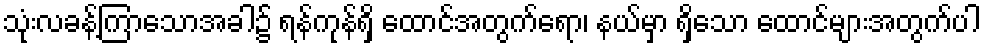
သုံးလခန့်ကြာသောအခါ၌ ရန်ကုန်ရှိ ထောင်အတွက်ရော၊ နယ်မှာ ရှိသော ထောင်များအတွက်ပါ